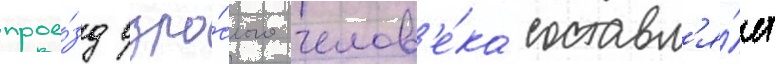
прое́зд взро́слого челов'е́ка составл'я́ет